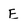
Character: E